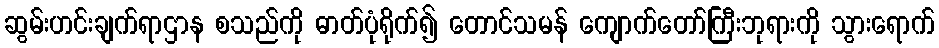
ဆွမ်းဟင်းချက်ရာဌာန စသည်ကို ဓာတ်ပုံရိုက်၍ တောင်သမန် ကျောက်တော်ကြီးဘုရားကို သွားရောက်